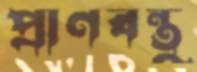
প্রাণবন্তু